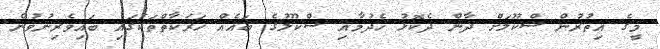
މީގެ އިތުރުން ސްކޫލަށް ދާން ދެކޮޅު ހެދުމާއި ސްކޫލުގެ ބައެއް ހަރަކާތްތަކުގައި ބައިވެރިނުވުން